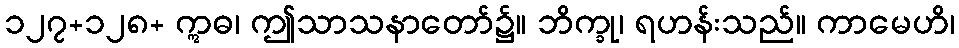
၁၂၇+၁၂၈+ ဣဓ၊ ဤသာသနာတော်၌။ ဘိက္ခု၊ ရဟန်းသည်။ ကာမေဟိ၊